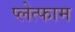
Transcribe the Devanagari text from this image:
प्लेत्फाम